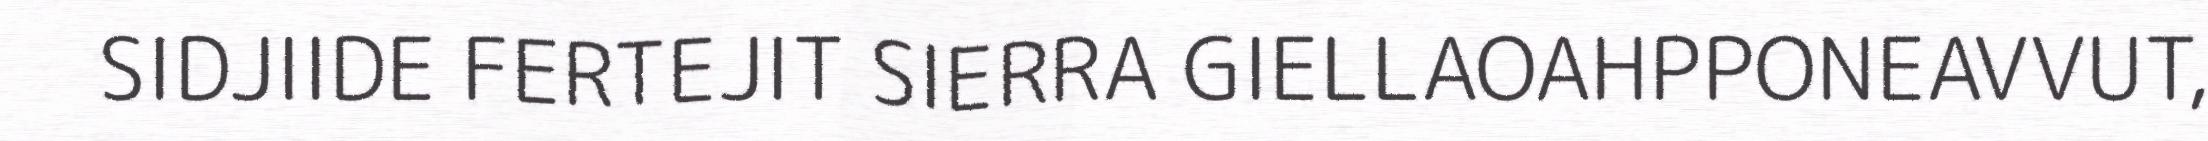
SIDJIIDE FERTEJIT SIERRA GIELLAOAHPPONEAVVUT,